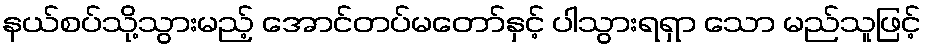
နယ်စပ်သို့သွားမည့် အောင်တပ်မတော်နှင့် ပါသွားရရှာ သော မည်သူဖြင့်